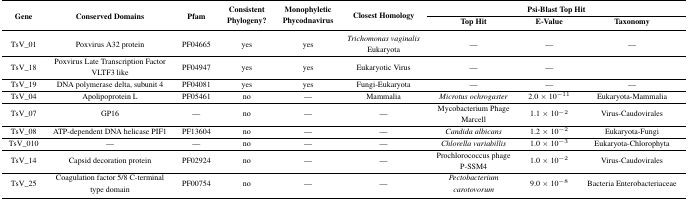
<table><thead><tr><td rowspan="2"><b>Gene</b></td><td rowspan="2"><b>Conserved Domains</b></td><td rowspan="2"><b>Pfam</b></td><td rowspan="2"><b>Consistent Phylogeny?</b></td><td rowspan="2"><b>Monophyletic Phycodnavirus</b></td><td rowspan="2"><b>Closest Homology</b></td><td colspan="3"><b>Psi-Blast Top Hit</b></td></tr><tr><td><b>Top Hit</b></td><td><b>E-value</b></td><td><b>Taxonomy</b></td></tr></thead><tbody><tr><td>TsV_01</td><td>Poxvirus A32 protein</td><td>PF04665</td><td>yes</td><td>yes</td><td><i>Trichomonas vaginalis</i> Eukaryota</td><td>—</td><td>—</td><td>—</td></tr><tr><td>TsV_18</td><td>Poxvirus Late Transcription Factor VLTF3 like</td><td>PF04947</td><td>yes</td><td>yes</td><td>Eukaryotic Virus</td><td>—</td><td>—</td><td></td></tr><tr><td>TsV_19</td><td>DNA polymerase delta, subunit 4</td><td>PF04081</td><td>yes</td><td>yes</td><td>Fungi-Eukaryota</td><td>—</td><td>—</td><td>—</td></tr><tr><td>TsV_04</td><td>Apolipoprotein L</td><td>PF05461</td><td>no</td><td>—</td><td>Mammalia</td><td><i>Microtus ochrogaster</i></td><td>2.0 × 10<sup>−11</sup></td><td>Eukaryota-Mammalia</td></tr><tr><td>TsV_07</td><td>GP16</td><td>—</td><td>no</td><td>—</td><td>—</td><td>Mycobacterium Phage Marcell</td><td>1.1 × 10<sup>−2</sup></td><td>Virus-Caudovirales</td></tr><tr><td>TsV_08</td><td>ATP-dependent DNA helicase PIF1</td><td>PF13604</td><td>no</td><td>—</td><td>—</td><td><i>Candida albicans</i></td><td>1.2 × 10<sup>−2</sup></td><td>Eukaryota-Fungi</td></tr><tr><td>TsV_010</td><td>—</td><td>—</td><td>no</td><td>—</td><td>—</td><td><i>Chlorella variabillis</i></td><td>1.0 × 10<sup>−3</sup></td><td>Eukaryota-Chlorophyta</td></tr><tr><td>TsV_14</td><td>Capsid decoration protein</td><td>PF02924</td><td>no</td><td>—</td><td>—</td><td>Prochlorococcus phage P-SSM4</td><td>1.0 × 10<sup>−2</sup></td><td>Virus-Caudovirales</td></tr><tr><td>TsV_25</td><td>Coagulation factor 5/8 C-terminal type domain</td><td>PF00754</td><td>no</td><td>—</td><td>—</td><td><i>Pectobacterium carotovorum</i></td><td>9.0 × 10<sup>−8</sup></td><td>Bacteria Enterobacteriaceae</td></tr></tbody></table>